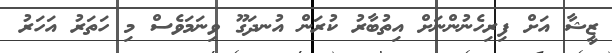
ޒީޝާ އަށް ފިރިހެނުންނަށް އިތުބާރު ކުރަން އުނދަގޫ ވިނަމަވެސް މި ހަތަރު އަހަރު